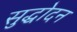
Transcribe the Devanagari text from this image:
सुद्धोदन